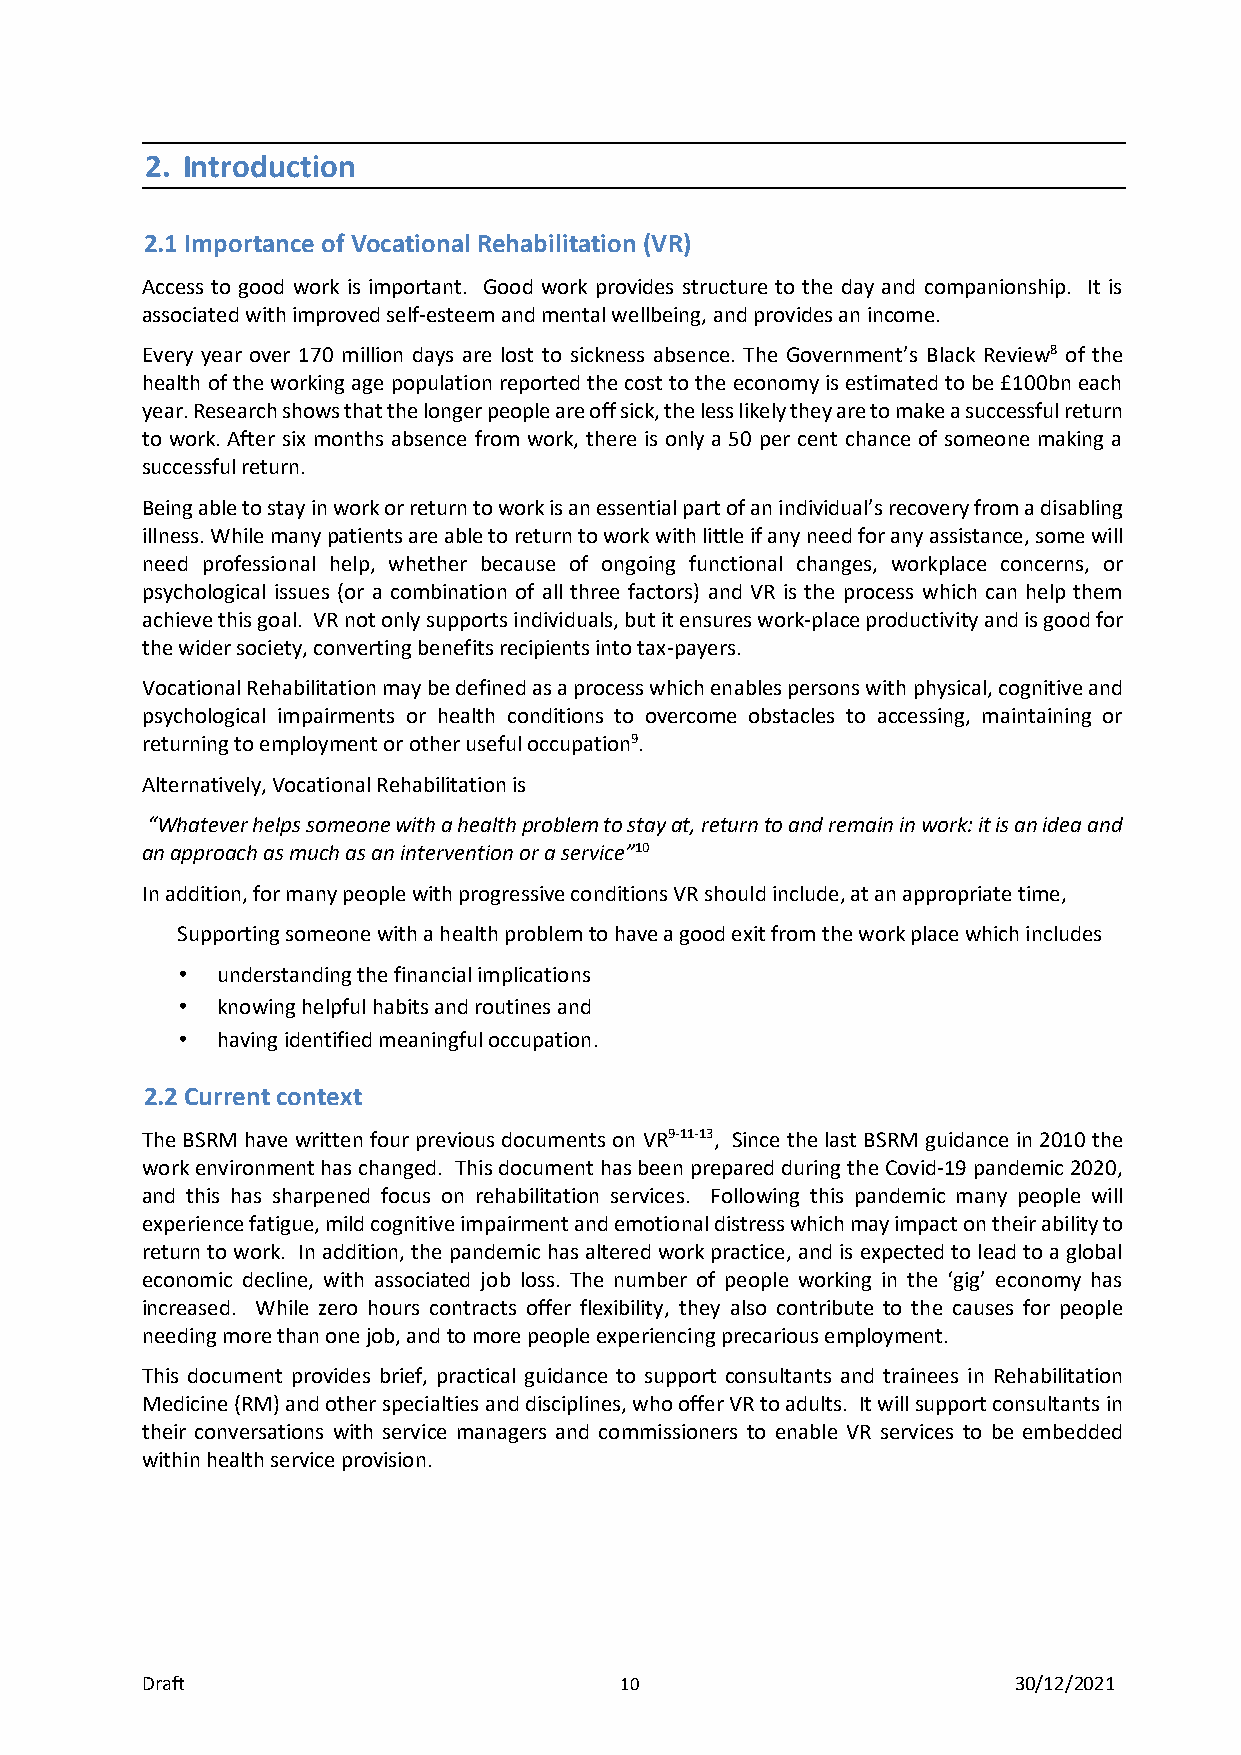
2. Introduction
 2.1 Importance of Vocational Rehabilitation (VR)
 Access to good work is important. Good work provides structure to the day and companionship. It is
 associated with improved self-esteem and mental wellbeing, and provides an income.
 Every year over 170 million days are lost to sickness absence. The Government’s Black Review8 of the
 health of the working age population reported the cost to the economy is estimated to be £100bn each
 year. Research shows that the longer people are off sick, the less likely they are to make a successful return
 to work. After six months absence from work, there is only a 50 per cent chance of someone making a
 successful return.
 Being able to stay in work or return to work is an essential part of an individual’s recovery from a disabling
 illness. While many patients are able to return to work with little if any need for any assistance, some will
 need professional help, whether because of ongoing functional changes, workplace concerns, or
 psychological issues (or a combination of all three factors) and VR is the process which can help them
 achieve this goal. VR not only supports individuals, but it ensures work-place productivity and is good for
 the wider society, converting benefits recipients into tax-payers.
 Vocational Rehabilitation may be defined as a process which enables persons with physical, cognitive and
 psychological impairments or health conditions to overcome obstacles to accessing, maintaining or
 returning to employment or other useful occupation9.
 Alternatively, Vocational Rehabilitation is
 “Whatever helps someone with a health problem to stay at, return to and remain in work: it is an idea and
 an approach as much as an intervention or a service”10
 In addition, for many people with progressive conditions VR should include, at an appropriate time,
 Supporting someone with a health problem to have a good exit from the work place which includes
 • understanding the financial implications
 • knowing helpful habits and routines and
 • having identified meaningful occupation.
 2.2 Current context
 The BSRM have written four previous documents on VR9-11-13, Since the last BSRM guidance in 2010 the
 work environment has changed. This document has been prepared during the Covid-19 pandemic 2020,
 and this has sharpened focus on rehabilitation services. Following this pandemic many people will
 experience fatigue, mild cognitive impairment and emotional distress which may impact on their ability to
 return to work. In addition, the pandemic has altered work practice, and is expected to lead to a global
 economic decline, with associated job loss. The number of people working in the ‘gig’ economy has
 increased. While zero hours contracts offer flexibility, they also contribute to the causes for people
 needing more than one job, and to more people experiencing precarious employment.
 This document provides brief, practical guidance to support consultants and trainees in Rehabilitation
 Medicine (RM) and other specialties and disciplines, who offer VR to adults. It will support consultants in
 their conversations with service managers and commissioners to enable VR services to be embedded
 within health service provision.
 Draft                           10                        30/12/2021